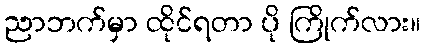
ညာဘက်မှာ ထိုင်ရတာ ပို ကြိုက်လား။